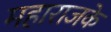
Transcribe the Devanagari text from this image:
महाराजके